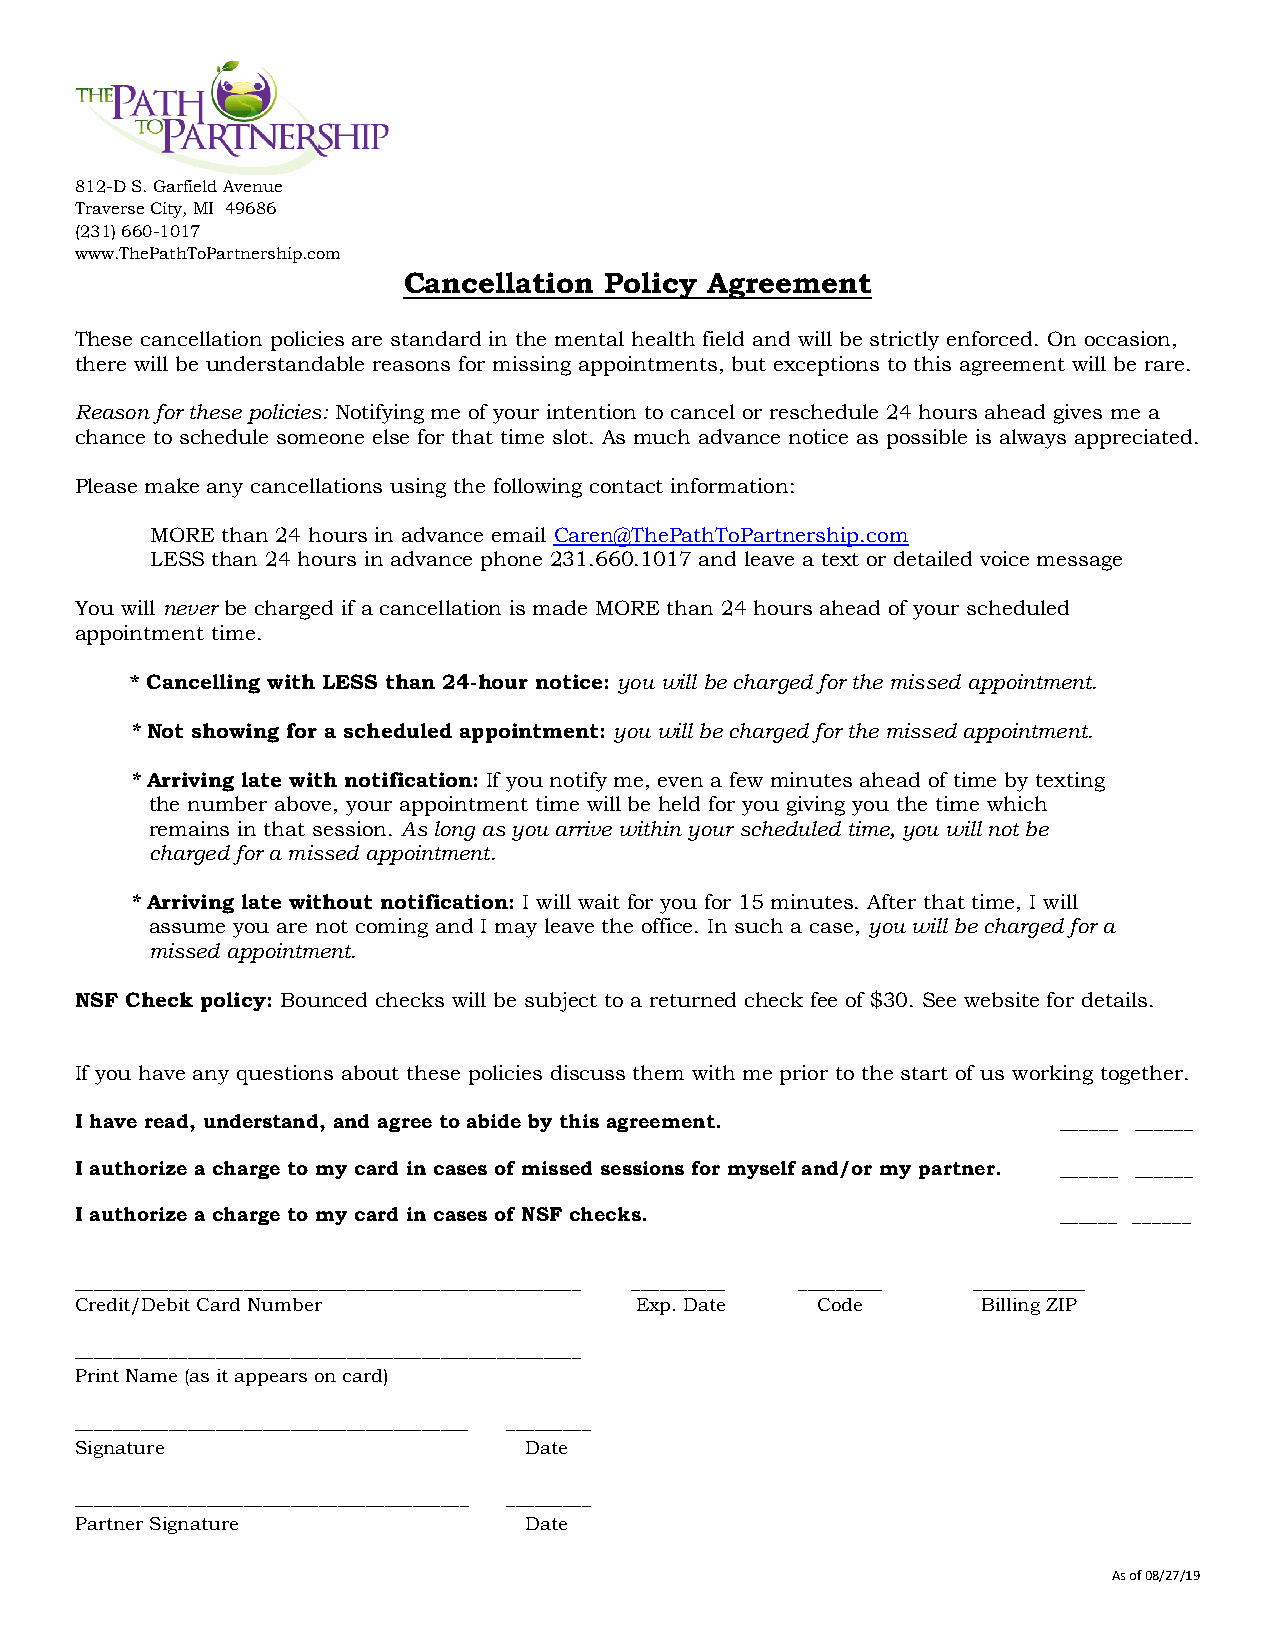
812-D S. Garfield Avenue
 Traverse City, MI 49686
 (231) 660-1017
 www.ThePathToPartnership.com
 Cancellation Policy Agreement
 These cancellation policies are standard in the mental health field and will be strictly enforced. On occasion,
 there will be understandable reasons for missing appointments, but exceptions to this agreement will be rare.
 Reason for these policies: Notifying me of your intention to cancel or reschedule 24 hours ahead gives me a
 chance to schedule someone else for that time slot. As much advance notice as possible is always appreciated.
 Please make any cancellations using the following contact information:
 MORE than 24 hours in advance email Caren@ThePathToPartnership.com
 LESS than 24 hours in advance phone 231.660.1017 and leave a text or detailed voice message
 You will never be charged if a cancellation is made MORE than 24 hours ahead of your scheduled
 appointment time.
 * Cancelling with LESS than 24-hour notice: you will be charged for the missed appointment.
 * Not showing for a scheduled appointment: you will be charged for the missed appointment.
 * Arriving late with notification: If you notify me, even a few minutes ahead of time by texting
 the number above, your appointment time will be held for you giving you the time which
 remains in that session. As long as you arrive within your scheduled time, you will not be
 charged for a missed appointment.
 * Arriving late without notification: I will wait for you for 15 minutes. After that time, I will
 assume you are not coming and I may leave the office. In such a case, you will be charged for a
 missed appointment.
 NSF Check policy: Bounced checks will be subject to a returned check fee of $30. See website for details.
 If you have any questions about these policies discuss them with me prior to the start of us working together.
 I have read, understand, and agree to abide by this agreement.   ______ ______
 I authorize a charge to my card in cases of missed sessions for myself and/or my partner. ______ ______
 I authorize a charge to my card in cases of NSF checks.          ______ ______
 ______________________________________________________ __________ _________ ____________
 Credit/Debit Card Number             Exp. Date   Code       Billing ZIP
 ______________________________________________________
 Print Name (as it appears on card)
 __________________________________________ _________
 Signature                     Date
 __________________________________________ _________
 Partner Signature             Date
 As of 08/27/19